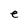
Character: e